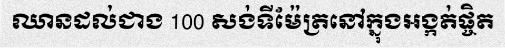
ឈានដល់ជាង 100 សង់ទីម៉ែត្រនៅក្នុងអង្កត់ផ្ចិត